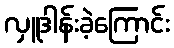
လှူဒါန်းခဲ့ကြောင်း